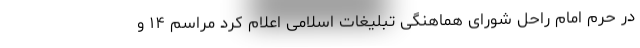
در حرم امام راحل شورای هماهنگی تبلیغات اسلامی اعلام کرد مراسم ۱۴ و